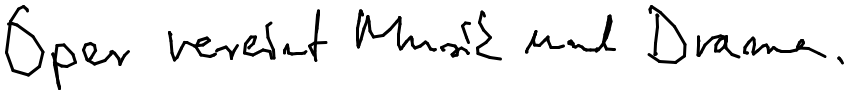
Oper vereint Musik und Drama.